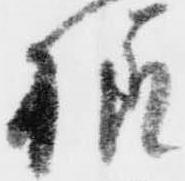
様